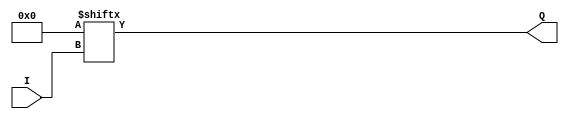
module LUT #(
	parameter K = 4,
	parameter [2**K-1:0] INIT = 0,
) (
	input [K-1:0] I,
	output Q
);
	assign Q = INIT[I];
endmodule